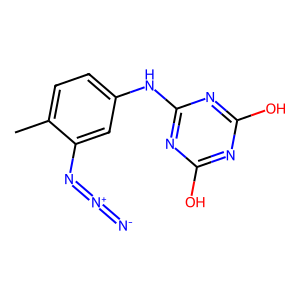
SMILES: Cc1ccc(Nc2nc(O)nc(O)n2)cc1N=[N+]=[N-]
Inhibits HIV replication: No